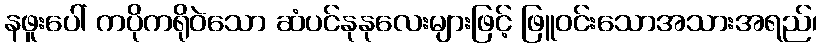
နဖူးပေါ် ကပိုကရိုဝဲသော ဆံပင်နုနုလေးများဖြင့် ဖြူဝင်းသောအသားအရည်၊